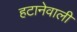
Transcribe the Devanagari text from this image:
हटानेवाली